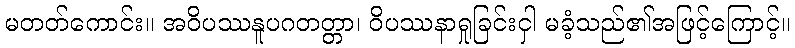
မတတ်ကောင်း။ အဝိပဿနူပဂတတ္တာ၊ ဝိပဿနာရှုခြင်းငှါ မခံ့သည်၏အဖြင့်ကြောင့်။